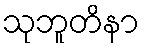
သုဘူတိနာ